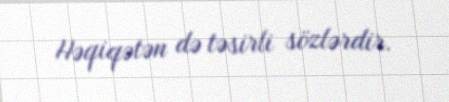
Həqiqətən də təsirli sözlərdir.